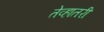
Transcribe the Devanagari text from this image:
तेव्हातरी